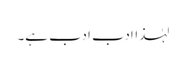
لہٰذاادب ادب ہے۔